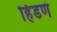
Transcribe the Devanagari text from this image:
हिंडणं